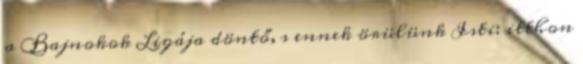
a Bajnokok Ligája döntő, s ennek örülünk Isti: itthon